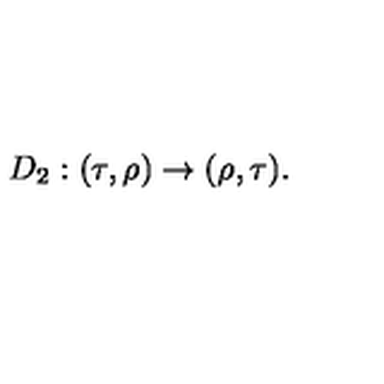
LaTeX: D _ { 2 } : ( \tau , \rho ) \to ( \rho , \tau ) .